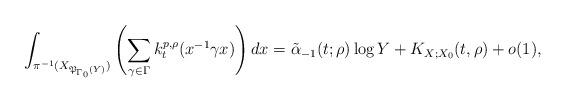
LaTeX: \begin{align*}\int_{\pi^{-1}(X_{\mathfrak{P}_{\Gamma_0}(Y)})}\left(\sum_{\gamma\in\Gamma} k_t^{p,\rho}(x^{-1}\gamma x)\right)dx=\tilde{\alpha}_{-1}(t;\rho)\log{Y}+K_{X;X_0}(t,\rho)+o(1),\end{align*}